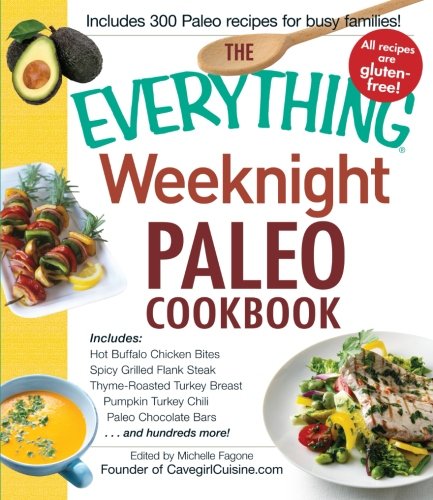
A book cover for The Everything Weeknight Paleo Cookbook: Includes Hot Buffalo Chicken Bites, Spicy Grilled Flank Steak, Thyme-Roasted Turkey Breast, Pumpkin Turkey Chili, Paleo Chocolate Bars and hundreds more!; Cookbooks, Food & Wine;